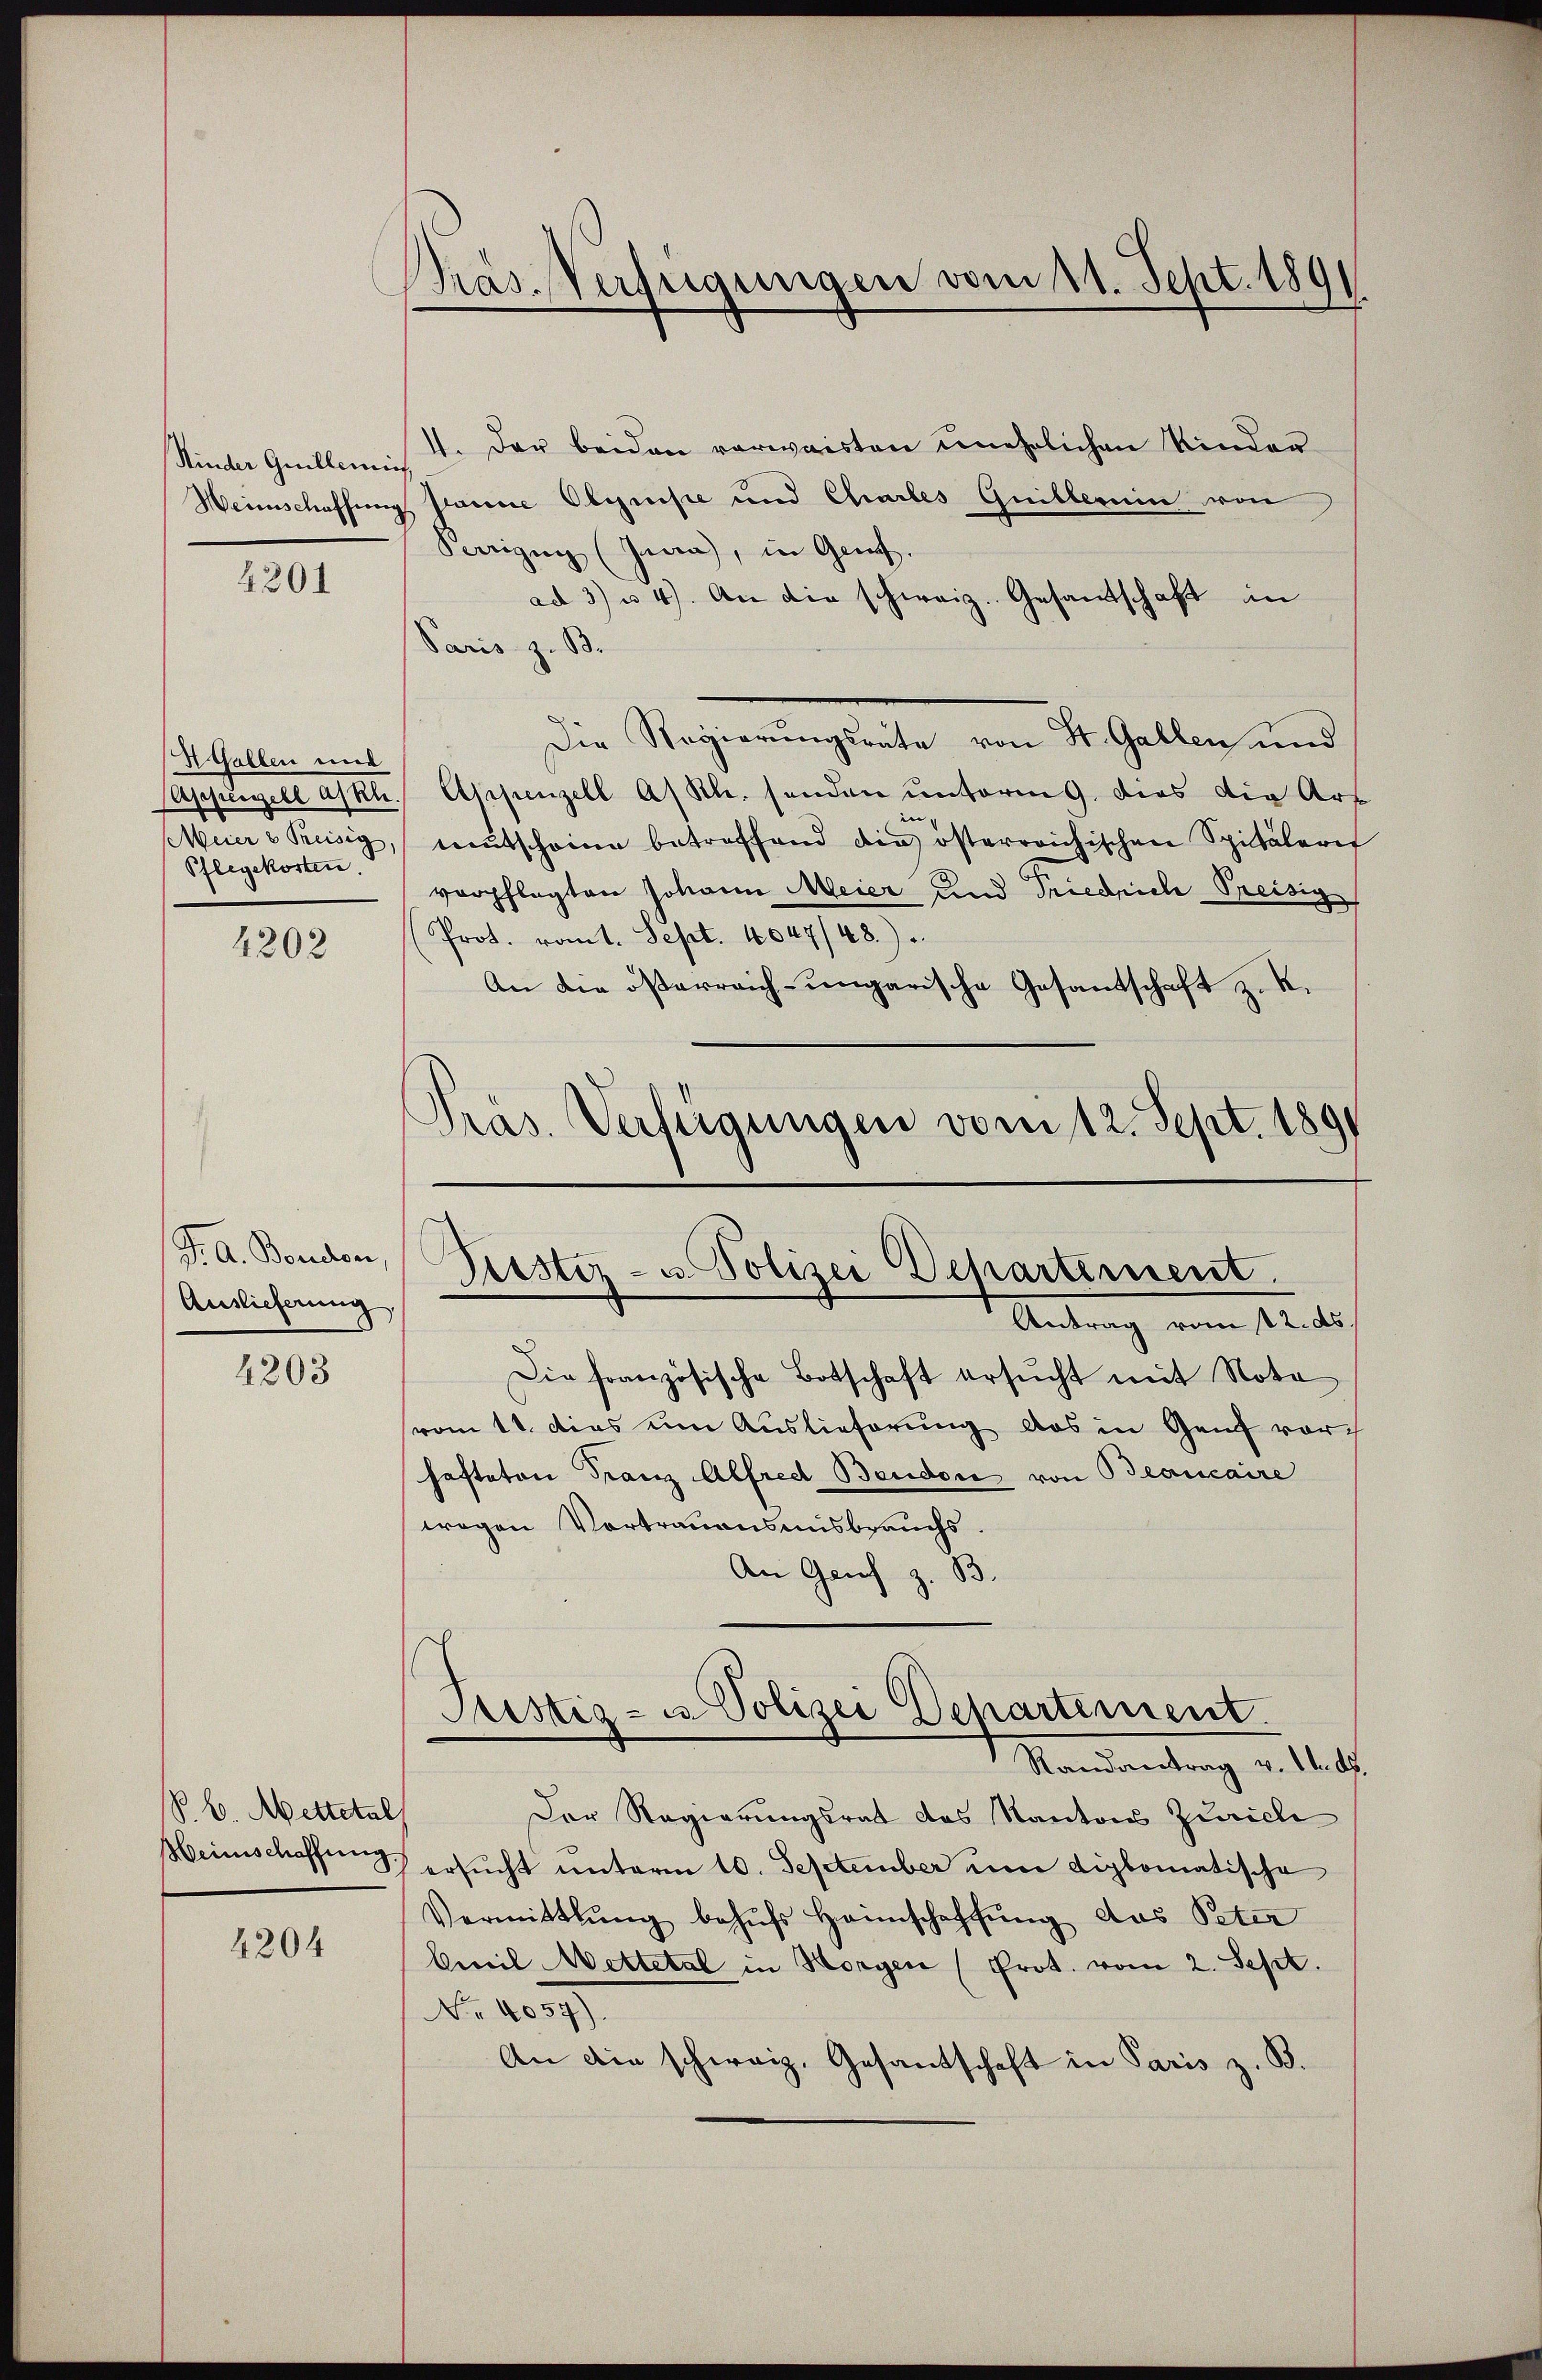
4201

4202

J. A. Borden,
Auslieferung

4203

4204

Pras-Verfügungen vom 11. Sept. 189

P. B. Mettelal

Kinder Guillenius,

Z Gallen und
Ascheinzell abkl
Meier & Preisig,
Pflegekosten.

Piustiz- u. Polizei Departement.
Antrag vom 12. ds.

4. Der beiden verwaisten unehelichen Kinder
Weinschaffung Plance Olyrise und Chartes Guillerein von
Perzigug (Jena, in Gen.
ad 3) u 4). An die schweiz. Gesandschaft in
Paris z. B.
Die Regierungsrate von St. Gallen und
Appenzell A/Rh. senden unterm 9. dies die Art
mutscheine betreffend die österreichischen Spitälert
verpflegten Johann Meier und Friedrich Preisig
Prot. romt. Sept. 1047/48.)
An die österreich-ungarische Gesandschaft z. K.
Präs. Verfügungen vom 12. Sept. 1891

Die französische Botschaft ersŭcht mit Nota
vom 11. dies um Auslieferung das in Genf vor
hafteten Franz Alfred Beudon von Beaucaire
wegen Vortrauensmisbrauchs.
An Genf z. B.
Der Regierungsrat das Kantons Zürich
Heimschaffung ersucht unterm 10. September um diplomatische
Vermittlung behŭfs Heimschaffung das Peter
beweil Mettetal in Horgen (Prot. vom 2. Sept.
No. 1059
An die schweiz. Gesantschaft in Paris z. B.

Justiz- u. Polizei Departement
Mandandung v. 11. d.